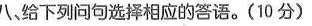
八、给下列问句选择相应的答语.(10 分)